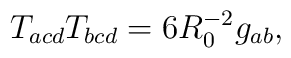
T_{acd}T_{bcd}=6R_0^{-2}g_{ab},